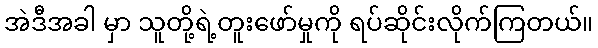
အဲဒီအခါ မှာ သူတို့ရဲ့တူးဖော်မှုကို ရပ်ဆိုင်းလိုက်ကြတယ်။